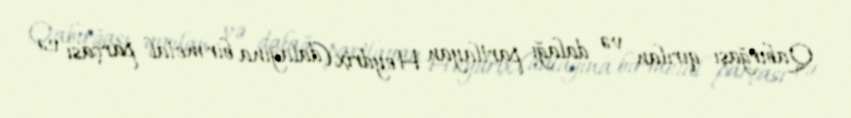
Qabırğası qırılan və dalağı partlayan Heydrix (dalağına bir metal parçası və